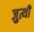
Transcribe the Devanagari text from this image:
जुत्थी